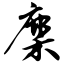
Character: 麇